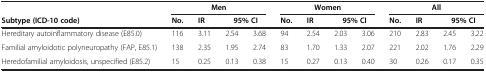
|  | <COLSPAN=4> Men | <COLSPAN=4> Women | <COLSPAN=4> All |
 | Subtype (ICD-10 code) | No. | IR | 95% CI |  | No. | IR | 95% CI |  | No. | IR | 95% CI |  |
 | --- | --- | --- | --- | --- | --- | --- | --- | --- | --- | --- | --- | --- |
 | Hereditary autoinflammatory disease (E85.0) | 116 | 3.11 | 2.54 | 3.68 | 94 | 2.54 | 2.03 | 3.06 | 210 | 2.83 | 2.45 | 3.22 |
 | Familial amyloidotic polyneuropathy (FAP, E85.1) | 138 | 2.35 | 1.95 | 2.74 | 83 | 1.70 | 1.33 | 2.07 | 221 | 2.02 | 1.76 | 2.29 |
 | Heredofamilial amyloidosis, unspecified (E85.2) | 15 | 0.25 | 0.13 | 0.38 | 15 | 0.27 | 0.13 | 0.40 | 30 | 0.26 | 0.17 | 0.35 |